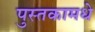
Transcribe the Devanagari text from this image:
पुस्तकामधे